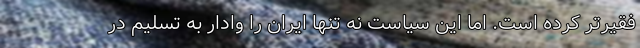
فقیرتر کرده است. اما این سیاست نه تنها ایران را وادار به تسلیم در